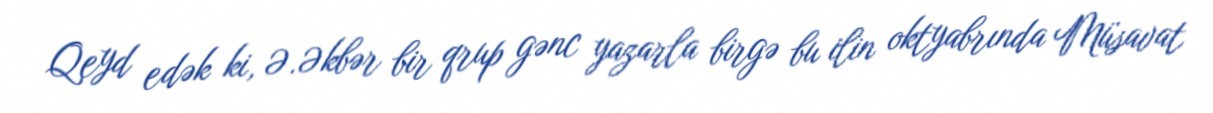
Qeyd edək ki, Ə.Əkbər bir qrup gənc yazarla birgə bu ilin oktyabrında Müsavat